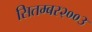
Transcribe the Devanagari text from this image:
सितम्बर२००३